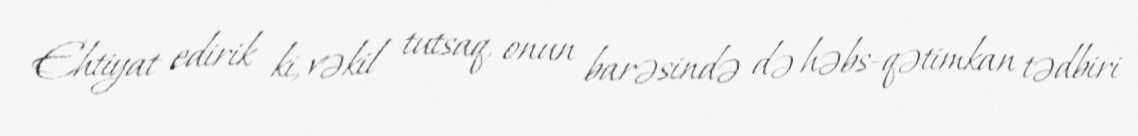
Ehtiyat edirik ki, vəkil tutsaq, onun barəsində də həbs-qətimkan tədbiri